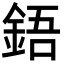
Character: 鋙